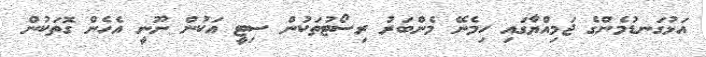
އަޅުގަނޑުމެންގެ ޖަމިއްޔާގައި ހިމެނޭ މެންބަރު ރިސޯޓުތަކުން ސިޓީ އަކުން ނޫނީ އެހެން ގޮތަކުން